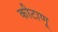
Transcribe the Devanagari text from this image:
कीटाणू